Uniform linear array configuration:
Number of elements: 12
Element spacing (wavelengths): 0.25
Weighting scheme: cosine
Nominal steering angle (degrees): -45
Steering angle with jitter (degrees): -45.918
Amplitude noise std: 0.05
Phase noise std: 0.05

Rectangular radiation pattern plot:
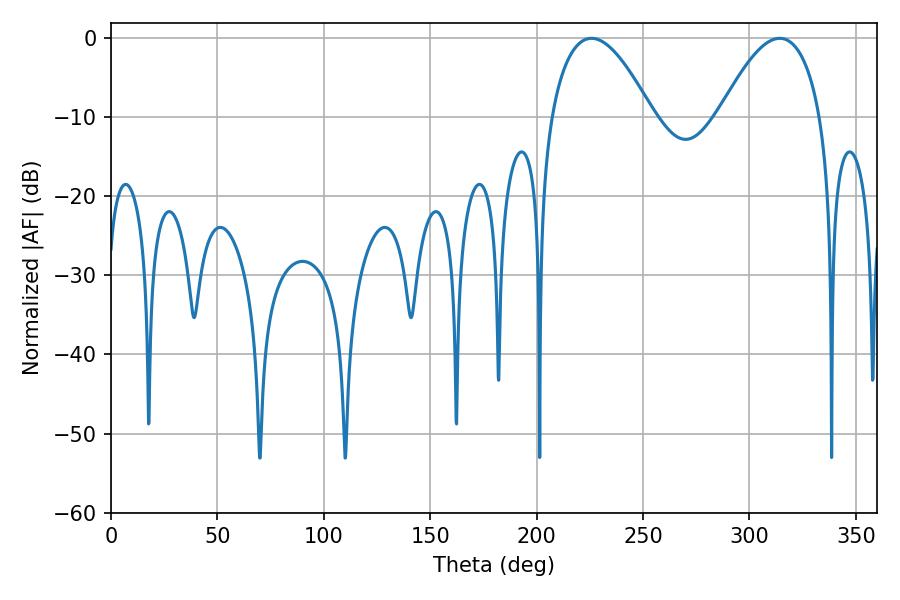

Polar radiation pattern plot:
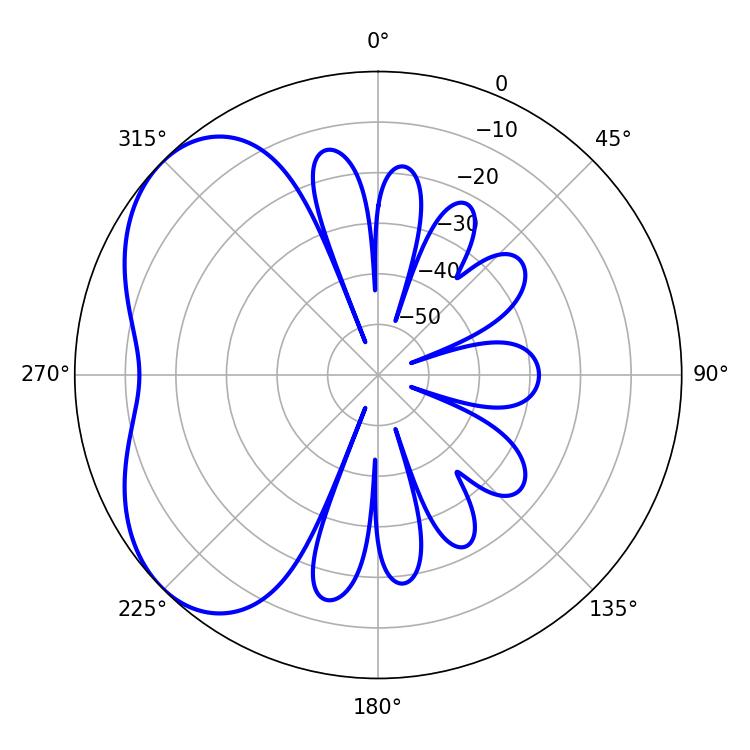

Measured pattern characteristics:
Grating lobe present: FALSE
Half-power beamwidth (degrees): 26.1
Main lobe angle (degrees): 225.72